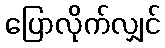
ပြောလိုက်လျှင်